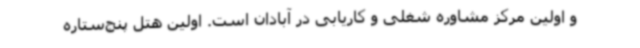
و اولین مرکز مشاوره شغلی و کاریابی در آبادان است. اولین هتل پنج‌ستاره